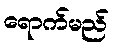
ရောက်မည်